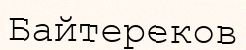
Байтереков